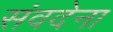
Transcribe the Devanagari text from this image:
संवदेना